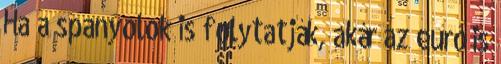
Ha a spanyolok is folytatják, akár az euró is